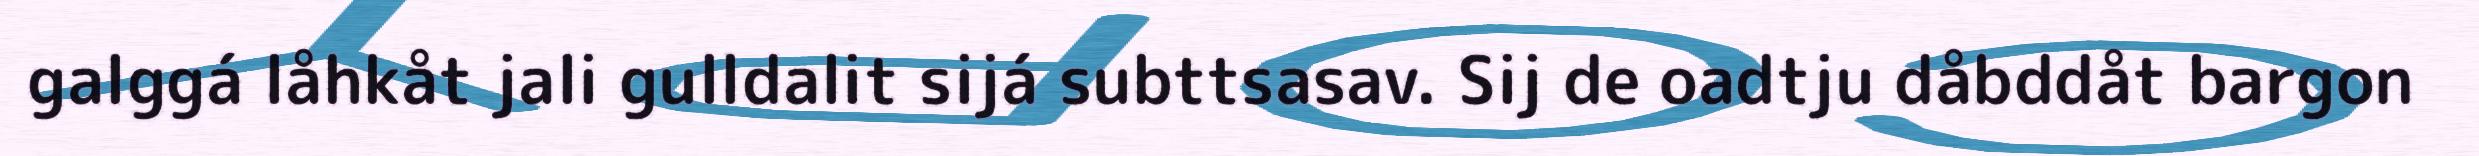
galggá låhkåt jali gulldalit sijá subttsasav. Sij de oadtju dåbddåt bargon